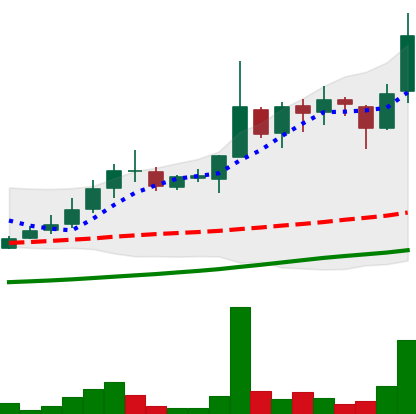
Ticker: LINK-USD
Chart end date: 2018-10-31
Forward return: -4.876%
Label: down_3_5